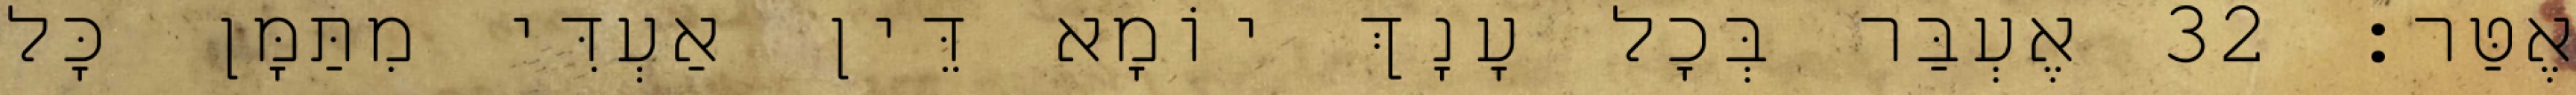
אֶטַּר׃ 32 אֶעְבַּר בְּכָל עָנָךְ יוֹמָא דֵּין אַעְדִּי מִתַּמָּן כָּל